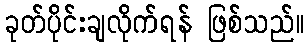
ခုတ်ပိုင်းချလိုက်ရန် ဖြစ်သည်။